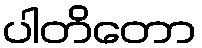
ပါတိတော